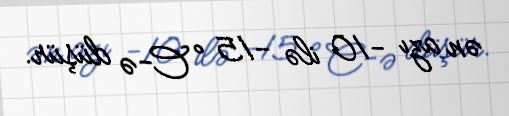
ən azı -10 ilə -15 °C-ə düşür.